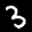
Label: 3